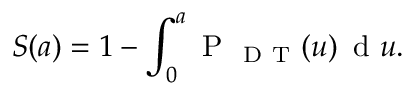
S ( a ) = 1 - \int _ { 0 } ^ { a } { \mathrm { ~ P ~ } _ { \mathrm { ~ D ~ T ~ } } ( u ) \, \mathrm { ~ d ~ } u } .